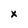
Character: x